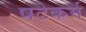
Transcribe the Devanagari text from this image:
षटेकर्म